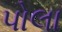
પોલા